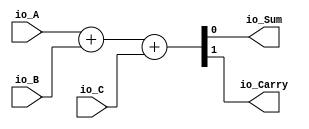
module fulladder(
  input   io_A,
  input   io_B,
  input   io_C,
  output  io_Sum,
  output  io_Carry
);
  wire [1:0] _s1_T = {1'h0,io_A}; // @[Cat.scala 33:92]
  wire [1:0] _s1_T_1 = {1'h0,io_B}; // @[Cat.scala 33:92]
  wire [1:0] _s1_T_3 = _s1_T + _s1_T_1; // @[fulladder.scala 18:23]
  wire [1:0] _s1_T_4 = {1'h0,io_C}; // @[Cat.scala 33:92]
  wire [1:0] s1 = _s1_T_3 + _s1_T_4; // @[fulladder.scala 18:39]
  assign io_Sum = s1[0]; // @[fulladder.scala 19:15]
  assign io_Carry = s1[1]; // @[fulladder.scala 20:17]
endmodule
module multpipe(
  input        clock,
  input        reset,
  input  [3:0] io_A,
  input  [3:0] io_B,
  output       io_P_0,
  output       io_P_1,
  output       io_P_2,
  output       io_P_3,
  output       io_P_4,
  output       io_P_5,
  output       io_P_6,
  output       io_P_7
);
  wire  fulladder_io_A; // @[multpipe.scala 15:33]
  wire  fulladder_io_B; // @[multpipe.scala 15:33]
  wire  fulladder_io_C; // @[multpipe.scala 15:33]
  wire  fulladder_io_Sum; // @[multpipe.scala 15:33]
  wire  fulladder_io_Carry; // @[multpipe.scala 15:33]
  wire  fulladder_1_io_A; // @[multpipe.scala 15:33]
  wire  fulladder_1_io_B; // @[multpipe.scala 15:33]
  wire  fulladder_1_io_C; // @[multpipe.scala 15:33]
  wire  fulladder_1_io_Sum; // @[multpipe.scala 15:33]
  wire  fulladder_1_io_Carry; // @[multpipe.scala 15:33]
  wire  fulladder_2_io_A; // @[multpipe.scala 15:33]
  wire  fulladder_2_io_B; // @[multpipe.scala 15:33]
  wire  fulladder_2_io_C; // @[multpipe.scala 15:33]
  wire  fulladder_2_io_Sum; // @[multpipe.scala 15:33]
  wire  fulladder_2_io_Carry; // @[multpipe.scala 15:33]
  wire  fulladder_3_io_A; // @[multpipe.scala 15:33]
  wire  fulladder_3_io_B; // @[multpipe.scala 15:33]
  wire  fulladder_3_io_C; // @[multpipe.scala 15:33]
  wire  fulladder_3_io_Sum; // @[multpipe.scala 15:33]
  wire  fulladder_3_io_Carry; // @[multpipe.scala 15:33]
  wire  fulladder_4_io_A; // @[multpipe.scala 15:33]
  wire  fulladder_4_io_B; // @[multpipe.scala 15:33]
  wire  fulladder_4_io_C; // @[multpipe.scala 15:33]
  wire  fulladder_4_io_Sum; // @[multpipe.scala 15:33]
  wire  fulladder_4_io_Carry; // @[multpipe.scala 15:33]
  wire  fulladder_5_io_A; // @[multpipe.scala 15:33]
  wire  fulladder_5_io_B; // @[multpipe.scala 15:33]
  wire  fulladder_5_io_C; // @[multpipe.scala 15:33]
  wire  fulladder_5_io_Sum; // @[multpipe.scala 15:33]
  wire  fulladder_5_io_Carry; // @[multpipe.scala 15:33]
  wire  fulladder_6_io_A; // @[multpipe.scala 15:33]
  wire  fulladder_6_io_B; // @[multpipe.scala 15:33]
  wire  fulladder_6_io_C; // @[multpipe.scala 15:33]
  wire  fulladder_6_io_Sum; // @[multpipe.scala 15:33]
  wire  fulladder_6_io_Carry; // @[multpipe.scala 15:33]
  wire  fulladder_7_io_A; // @[multpipe.scala 15:33]
  wire  fulladder_7_io_B; // @[multpipe.scala 15:33]
  wire  fulladder_7_io_C; // @[multpipe.scala 15:33]
  wire  fulladder_7_io_Sum; // @[multpipe.scala 15:33]
  wire  fulladder_7_io_Carry; // @[multpipe.scala 15:33]
  wire  fulladder_8_io_A; // @[multpipe.scala 15:33]
  wire  fulladder_8_io_B; // @[multpipe.scala 15:33]
  wire  fulladder_8_io_C; // @[multpipe.scala 15:33]
  wire  fulladder_8_io_Sum; // @[multpipe.scala 15:33]
  wire  fulladder_8_io_Carry; // @[multpipe.scala 15:33]
  wire  fulladder_9_io_A; // @[multpipe.scala 15:33]
  wire  fulladder_9_io_B; // @[multpipe.scala 15:33]
  wire  fulladder_9_io_C; // @[multpipe.scala 15:33]
  wire  fulladder_9_io_Sum; // @[multpipe.scala 15:33]
  wire  fulladder_9_io_Carry; // @[multpipe.scala 15:33]
  wire  fulladder_10_io_A; // @[multpipe.scala 15:33]
  wire  fulladder_10_io_B; // @[multpipe.scala 15:33]
  wire  fulladder_10_io_C; // @[multpipe.scala 15:33]
  wire  fulladder_10_io_Sum; // @[multpipe.scala 15:33]
  wire  fulladder_10_io_Carry; // @[multpipe.scala 15:33]
  wire  fulladder_11_io_A; // @[multpipe.scala 15:33]
  wire  fulladder_11_io_B; // @[multpipe.scala 15:33]
  wire  fulladder_11_io_C; // @[multpipe.scala 15:33]
  wire  fulladder_11_io_Sum; // @[multpipe.scala 15:33]
  wire  fulladder_11_io_Carry; // @[multpipe.scala 15:33]
  wire  fulladder_12_io_A; // @[multpipe.scala 15:33]
  wire  fulladder_12_io_B; // @[multpipe.scala 15:33]
  wire  fulladder_12_io_C; // @[multpipe.scala 15:33]
  wire  fulladder_12_io_Sum; // @[multpipe.scala 15:33]
  wire  fulladder_12_io_Carry; // @[multpipe.scala 15:33]
  wire  fulladder_13_io_A; // @[multpipe.scala 15:33]
  wire  fulladder_13_io_B; // @[multpipe.scala 15:33]
  wire  fulladder_13_io_C; // @[multpipe.scala 15:33]
  wire  fulladder_13_io_Sum; // @[multpipe.scala 15:33]
  wire  fulladder_13_io_Carry; // @[multpipe.scala 15:33]
  reg [3:0] sarr_0_0; // @[multpipe.scala 18:21]
  reg [3:0] sarr_0_1; // @[multpipe.scala 18:21]
  reg [3:0] sarr_0_2; // @[multpipe.scala 18:21]
  reg [3:0] sarr_1_0; // @[multpipe.scala 18:21]
  reg [3:0] sarr_1_1; // @[multpipe.scala 18:21]
  reg [3:0] sarr_1_2; // @[multpipe.scala 18:21]
  reg [3:0] sarr_1_3; // @[multpipe.scala 18:21]
  reg [3:0] sarr_2_0; // @[multpipe.scala 18:21]
  reg [3:0] sarr_2_1; // @[multpipe.scala 18:21]
  reg [3:0] sarr_2_2; // @[multpipe.scala 18:21]
  reg [3:0] sarr_3_0; // @[multpipe.scala 18:21]
  reg [3:0] sarr_3_1; // @[multpipe.scala 18:21]
  reg [3:0] sarr_3_2; // @[multpipe.scala 18:21]
  reg [3:0] sarr_3_3; // @[multpipe.scala 18:21]
  reg  c1_var_0; // @[multpipe.scala 19:23]
  reg  c1_var_1; // @[multpipe.scala 19:23]
  reg  c1_var_2; // @[multpipe.scala 19:23]
  reg  c2_var_0; // @[multpipe.scala 21:23]
  reg  c2_var_1; // @[multpipe.scala 21:23]
  reg  c_var_0; // @[multpipe.scala 23:22]
  reg  c_var_2; // @[multpipe.scala 23:22]
  reg  c_var_3; // @[multpipe.scala 23:22]
  reg  c_var_4; // @[multpipe.scala 23:22]
  reg  s1_var0_0; // @[multpipe.scala 33:24]
  reg  s1_var0_1; // @[multpipe.scala 33:24]
  reg  s1_var0_2; // @[multpipe.scala 33:24]
  reg  s1_var0_3; // @[multpipe.scala 33:24]
  reg  s1_var0_4; // @[multpipe.scala 33:24]
  reg  s1_var0_5; // @[multpipe.scala 33:24]
  reg  s1_var1_0; // @[multpipe.scala 34:24]
  reg  s1_var1_1; // @[multpipe.scala 34:24]
  reg  s1_var1_2; // @[multpipe.scala 34:24]
  reg  s1_var1_3; // @[multpipe.scala 34:24]
  reg  s1_var1_4; // @[multpipe.scala 34:24]
  reg  s1_var1_5; // @[multpipe.scala 34:24]
  reg  s1_var2_0; // @[multpipe.scala 35:24]
  reg  s1_var2_1; // @[multpipe.scala 35:24]
  reg  s1_var2_2; // @[multpipe.scala 35:24]
  reg  s1_var2_3; // @[multpipe.scala 35:24]
  reg  s1_var2_4; // @[multpipe.scala 35:24]
  reg  s1_var2_5; // @[multpipe.scala 35:24]
  reg  s1_var3_5; // @[multpipe.scala 36:24]
  reg  s2_var0_0; // @[multpipe.scala 43:24]
  reg  s2_var0_1; // @[multpipe.scala 43:24]
  reg  s2_var0_2; // @[multpipe.scala 43:24]
  reg  s2_var0_3; // @[multpipe.scala 43:24]
  reg  s2_var0_4; // @[multpipe.scala 43:24]
  reg  s2_var0_5; // @[multpipe.scala 43:24]
  reg  s2_var1_0; // @[multpipe.scala 44:24]
  reg  s2_var1_1; // @[multpipe.scala 44:24]
  reg  s2_var1_2; // @[multpipe.scala 44:24]
  reg  s2_var1_3; // @[multpipe.scala 44:24]
  reg  s2_var1_4; // @[multpipe.scala 44:24]
  reg  s2_var1_5; // @[multpipe.scala 44:24]
  reg  s2_var2_0; // @[multpipe.scala 45:24]
  reg  s2_var2_1; // @[multpipe.scala 45:24]
  reg  s2_var2_2; // @[multpipe.scala 45:24]
  reg  s2_var2_3; // @[multpipe.scala 45:24]
  reg  s2_var2_4; // @[multpipe.scala 45:24]
  reg  s2_var2_5; // @[multpipe.scala 45:24]
  reg  s2_var3_0; // @[multpipe.scala 46:24]
  reg  s2_var3_1; // @[multpipe.scala 46:24]
  reg  s2_var3_2; // @[multpipe.scala 46:24]
  reg  s2_var3_3; // @[multpipe.scala 46:24]
  reg  s2_var3_4; // @[multpipe.scala 46:24]
  reg  s2_var3_5; // @[multpipe.scala 46:24]
  reg  s2_var4_1; // @[multpipe.scala 47:24]
  reg  s2_var4_2; // @[multpipe.scala 47:24]
  reg  s2_var4_3; // @[multpipe.scala 47:24]
  reg  s2_var4_4; // @[multpipe.scala 47:24]
  reg  s2_var4_5; // @[multpipe.scala 47:24]
  reg  s2_var5_5; // @[multpipe.scala 48:24]
  reg  teliko1_0; // @[multpipe.scala 56:24]
  reg  teliko1_1; // @[multpipe.scala 56:24]
  reg  teliko1_2; // @[multpipe.scala 56:24]
  reg  teliko1_3; // @[multpipe.scala 56:24]
  reg  teliko1_4; // @[multpipe.scala 56:24]
  reg  teliko1_5; // @[multpipe.scala 56:24]
  reg  teliko1_6; // @[multpipe.scala 56:24]
  reg  teliko2_0; // @[multpipe.scala 57:24]
  reg  teliko2_1; // @[multpipe.scala 57:24]
  reg  teliko2_2; // @[multpipe.scala 57:24]
  reg  teliko2_3; // @[multpipe.scala 57:24]
  reg  teliko2_4; // @[multpipe.scala 57:24]
  reg  teliko2_5; // @[multpipe.scala 57:24]
  reg  teliko3_0; // @[multpipe.scala 58:24]
  reg  teliko3_1; // @[multpipe.scala 58:24]
  reg  teliko3_2; // @[multpipe.scala 58:24]
  reg  teliko3_3; // @[multpipe.scala 58:24]
  reg  teliko3_4; // @[multpipe.scala 58:24]
  reg  teliko4_0; // @[multpipe.scala 59:24]
  reg  teliko4_1; // @[multpipe.scala 59:24]
  reg  teliko4_2; // @[multpipe.scala 59:24]
  reg  teliko4_3; // @[multpipe.scala 59:24]
  reg  teliko5_0; // @[multpipe.scala 60:24]
  reg  teliko5_1; // @[multpipe.scala 60:24]
  reg  teliko5_2; // @[multpipe.scala 60:24]
  reg  teliko6_0; // @[multpipe.scala 61:24]
  wire  s1_temp_0 = sarr_0_0[0]; // @[multpipe.scala 109:27]
  wire  s2_temp_0 = sarr_2_0[0]; // @[multpipe.scala 110:27]
  wire  c1_temp_0 = fulladder_io_Carry; // @[multpipe.scala 115:14 20:25]
  wire  c1_temp_1 = fulladder_1_io_Carry; // @[multpipe.scala 121:19 20:25]
  wire  c1_temp_2 = fulladder_2_io_Carry; // @[multpipe.scala 127:19 20:25]
  wire  c2_temp_0 = fulladder_4_io_Carry; // @[multpipe.scala 139:19 22:25]
  wire  c2_temp_1 = fulladder_5_io_Carry; // @[multpipe.scala 145:19 22:25]
  wire  c_temp_0 = fulladder_8_io_Carry; // @[multpipe.scala 163:13 24:24]
  wire  c_temp_2 = fulladder_10_io_Carry; // @[multpipe.scala 175:13 24:24]
  wire  c_temp_3 = fulladder_11_io_Carry; // @[multpipe.scala 181:13 24:24]
  wire  c_temp_4 = fulladder_12_io_Carry; // @[multpipe.scala 187:13 24:24]
  wire  s1_temp_1 = fulladder_io_Sum; // @[multpipe.scala 114:14 32:25]
  wire  s1_temp_2 = fulladder_1_io_Sum; // @[multpipe.scala 120:19 32:25]
  wire  s1_temp_3 = fulladder_2_io_Sum; // @[multpipe.scala 126:19 32:25]
  wire  s1_temp_4 = fulladder_3_io_Sum; // @[multpipe.scala 132:19 32:25]
  wire  s1_temp_5 = fulladder_3_io_Carry; // @[multpipe.scala 133:19 32:25]
  wire  s2_temp_1 = fulladder_4_io_Sum; // @[multpipe.scala 138:19 42:25]
  wire  s2_temp_2 = fulladder_5_io_Sum; // @[multpipe.scala 144:19 42:25]
  wire  s2_temp_3 = fulladder_6_io_Sum; // @[multpipe.scala 150:19 42:25]
  wire  s2_temp_4 = fulladder_7_io_Sum; // @[multpipe.scala 156:14 42:25]
  wire  s2_temp_5 = fulladder_7_io_Carry; // @[multpipe.scala 157:14 42:25]
  fulladder fulladder ( // @[multpipe.scala 15:33]
    .io_A(fulladder_io_A),
    .io_B(fulladder_io_B),
    .io_C(fulladder_io_C),
    .io_Sum(fulladder_io_Sum),
    .io_Carry(fulladder_io_Carry)
  );
  fulladder fulladder_1 ( // @[multpipe.scala 15:33]
    .io_A(fulladder_1_io_A),
    .io_B(fulladder_1_io_B),
    .io_C(fulladder_1_io_C),
    .io_Sum(fulladder_1_io_Sum),
    .io_Carry(fulladder_1_io_Carry)
  );
  fulladder fulladder_2 ( // @[multpipe.scala 15:33]
    .io_A(fulladder_2_io_A),
    .io_B(fulladder_2_io_B),
    .io_C(fulladder_2_io_C),
    .io_Sum(fulladder_2_io_Sum),
    .io_Carry(fulladder_2_io_Carry)
  );
  fulladder fulladder_3 ( // @[multpipe.scala 15:33]
    .io_A(fulladder_3_io_A),
    .io_B(fulladder_3_io_B),
    .io_C(fulladder_3_io_C),
    .io_Sum(fulladder_3_io_Sum),
    .io_Carry(fulladder_3_io_Carry)
  );
  fulladder fulladder_4 ( // @[multpipe.scala 15:33]
    .io_A(fulladder_4_io_A),
    .io_B(fulladder_4_io_B),
    .io_C(fulladder_4_io_C),
    .io_Sum(fulladder_4_io_Sum),
    .io_Carry(fulladder_4_io_Carry)
  );
  fulladder fulladder_5 ( // @[multpipe.scala 15:33]
    .io_A(fulladder_5_io_A),
    .io_B(fulladder_5_io_B),
    .io_C(fulladder_5_io_C),
    .io_Sum(fulladder_5_io_Sum),
    .io_Carry(fulladder_5_io_Carry)
  );
  fulladder fulladder_6 ( // @[multpipe.scala 15:33]
    .io_A(fulladder_6_io_A),
    .io_B(fulladder_6_io_B),
    .io_C(fulladder_6_io_C),
    .io_Sum(fulladder_6_io_Sum),
    .io_Carry(fulladder_6_io_Carry)
  );
  fulladder fulladder_7 ( // @[multpipe.scala 15:33]
    .io_A(fulladder_7_io_A),
    .io_B(fulladder_7_io_B),
    .io_C(fulladder_7_io_C),
    .io_Sum(fulladder_7_io_Sum),
    .io_Carry(fulladder_7_io_Carry)
  );
  fulladder fulladder_8 ( // @[multpipe.scala 15:33]
    .io_A(fulladder_8_io_A),
    .io_B(fulladder_8_io_B),
    .io_C(fulladder_8_io_C),
    .io_Sum(fulladder_8_io_Sum),
    .io_Carry(fulladder_8_io_Carry)
  );
  fulladder fulladder_9 ( // @[multpipe.scala 15:33]
    .io_A(fulladder_9_io_A),
    .io_B(fulladder_9_io_B),
    .io_C(fulladder_9_io_C),
    .io_Sum(fulladder_9_io_Sum),
    .io_Carry(fulladder_9_io_Carry)
  );
  fulladder fulladder_10 ( // @[multpipe.scala 15:33]
    .io_A(fulladder_10_io_A),
    .io_B(fulladder_10_io_B),
    .io_C(fulladder_10_io_C),
    .io_Sum(fulladder_10_io_Sum),
    .io_Carry(fulladder_10_io_Carry)
  );
  fulladder fulladder_11 ( // @[multpipe.scala 15:33]
    .io_A(fulladder_11_io_A),
    .io_B(fulladder_11_io_B),
    .io_C(fulladder_11_io_C),
    .io_Sum(fulladder_11_io_Sum),
    .io_Carry(fulladder_11_io_Carry)
  );
  fulladder fulladder_12 ( // @[multpipe.scala 15:33]
    .io_A(fulladder_12_io_A),
    .io_B(fulladder_12_io_B),
    .io_C(fulladder_12_io_C),
    .io_Sum(fulladder_12_io_Sum),
    .io_Carry(fulladder_12_io_Carry)
  );
  fulladder fulladder_13 ( // @[multpipe.scala 15:33]
    .io_A(fulladder_13_io_A),
    .io_B(fulladder_13_io_B),
    .io_C(fulladder_13_io_C),
    .io_Sum(fulladder_13_io_Sum),
    .io_Carry(fulladder_13_io_Carry)
  );
  assign io_P_0 = teliko1_0; // @[multpipe.scala 96:14]
  assign io_P_1 = teliko1_1; // @[multpipe.scala 88:14]
  assign io_P_2 = teliko1_2; // @[multpipe.scala 81:14]
  assign io_P_3 = teliko1_3; // @[multpipe.scala 75:14]
  assign io_P_4 = teliko1_4; // @[multpipe.scala 70:11]
  assign io_P_5 = teliko1_5; // @[multpipe.scala 66:11]
  assign io_P_6 = teliko1_6; // @[multpipe.scala 63:11]
  assign io_P_7 = fulladder_13_io_Sum; // @[multpipe.scala 192:11]
  assign fulladder_io_A = sarr_0_0[1]; // @[multpipe.scala 111:32]
  assign fulladder_io_B = sarr_1_0[0]; // @[multpipe.scala 112:32]
  assign fulladder_io_C = 1'h0; // @[multpipe.scala 113:19]
  assign fulladder_1_io_A = sarr_0_1[2]; // @[multpipe.scala 117:32]
  assign fulladder_1_io_B = sarr_1_1[1]; // @[multpipe.scala 118:32]
  assign fulladder_1_io_C = c1_var_0; // @[multpipe.scala 119:19]
  assign fulladder_2_io_A = sarr_0_2[3]; // @[multpipe.scala 123:32]
  assign fulladder_2_io_B = sarr_1_2[2]; // @[multpipe.scala 124:32]
  assign fulladder_2_io_C = c1_var_1; // @[multpipe.scala 125:19]
  assign fulladder_3_io_A = 1'h0; // @[multpipe.scala 129:19]
  assign fulladder_3_io_B = sarr_1_3[3]; // @[multpipe.scala 130:32]
  assign fulladder_3_io_C = c1_var_2; // @[multpipe.scala 131:19]
  assign fulladder_4_io_A = sarr_2_0[1]; // @[multpipe.scala 135:32]
  assign fulladder_4_io_B = sarr_3_0[0]; // @[multpipe.scala 136:32]
  assign fulladder_4_io_C = 1'h0; // @[multpipe.scala 137:19]
  assign fulladder_5_io_A = sarr_2_1[2]; // @[multpipe.scala 141:32]
  assign fulladder_5_io_B = sarr_3_1[1]; // @[multpipe.scala 142:32]
  assign fulladder_5_io_C = c2_var_0; // @[multpipe.scala 143:19]
  assign fulladder_6_io_A = sarr_2_2[3]; // @[multpipe.scala 147:32]
  assign fulladder_6_io_B = sarr_3_2[2]; // @[multpipe.scala 148:32]
  assign fulladder_6_io_C = c2_var_1; // @[multpipe.scala 149:19]
  assign fulladder_7_io_A = 1'h0; // @[multpipe.scala 153:19]
  assign fulladder_7_io_B = sarr_3_3[3]; // @[multpipe.scala 154:32]
  assign fulladder_7_io_C = c1_var_2; // @[multpipe.scala 155:19]
  assign fulladder_8_io_A = s1_var2_2; // @[multpipe.scala 159:19]
  assign fulladder_8_io_B = s2_var3_0; // @[multpipe.scala 160:19]
  assign fulladder_8_io_C = 1'h0; // @[multpipe.scala 161:19]
  assign fulladder_9_io_A = s1_var2_3; // @[multpipe.scala 165:19]
  assign fulladder_9_io_B = s2_var4_1; // @[multpipe.scala 166:19]
  assign fulladder_9_io_C = c_var_0; // @[multpipe.scala 167:19]
  assign fulladder_10_io_A = s1_var2_4; // @[multpipe.scala 171:20]
  assign fulladder_10_io_B = s2_var4_2; // @[multpipe.scala 172:20]
  assign fulladder_10_io_C = 1'h0; // @[multpipe.scala 173:20]
  assign fulladder_11_io_A = s1_var3_5; // @[multpipe.scala 177:20]
  assign fulladder_11_io_B = s2_var4_3; // @[multpipe.scala 178:20]
  assign fulladder_11_io_C = c_var_2; // @[multpipe.scala 179:20]
  assign fulladder_12_io_A = 1'h0; // @[multpipe.scala 183:20]
  assign fulladder_12_io_B = s2_var4_4; // @[multpipe.scala 184:20]
  assign fulladder_12_io_C = c_var_3; // @[multpipe.scala 185:20]
  assign fulladder_13_io_A = 1'h0; // @[multpipe.scala 189:20]
  assign fulladder_13_io_B = s2_var5_5; // @[multpipe.scala 190:20]
  assign fulladder_13_io_C = c_var_4; // @[multpipe.scala 191:20]
  always @(posedge clock) begin
    if (reset) begin // @[multpipe.scala 18:21]
      sarr_0_0 <= 4'h0; // @[multpipe.scala 18:21]
    end else if (~io_B[0]) begin // @[multpipe.scala 99:26]
      sarr_0_0 <= 4'h0; // @[multpipe.scala 100:18]
    end else begin
      sarr_0_0 <= io_A; // @[multpipe.scala 102:18]
    end
    if (reset) begin // @[multpipe.scala 18:21]
      sarr_0_1 <= 4'h0; // @[multpipe.scala 18:21]
    end else begin
      sarr_0_1 <= sarr_0_0; // @[multpipe.scala 105:18]
    end
    if (reset) begin // @[multpipe.scala 18:21]
      sarr_0_2 <= 4'h0; // @[multpipe.scala 18:21]
    end else begin
      sarr_0_2 <= sarr_0_1; // @[multpipe.scala 105:18]
    end
    if (reset) begin // @[multpipe.scala 18:21]
      sarr_1_0 <= 4'h0; // @[multpipe.scala 18:21]
    end else if (~io_B[1]) begin // @[multpipe.scala 99:26]
      sarr_1_0 <= 4'h0; // @[multpipe.scala 100:18]
    end else begin
      sarr_1_0 <= io_A; // @[multpipe.scala 102:18]
    end
    if (reset) begin // @[multpipe.scala 18:21]
      sarr_1_1 <= 4'h0; // @[multpipe.scala 18:21]
    end else begin
      sarr_1_1 <= sarr_1_0; // @[multpipe.scala 105:18]
    end
    if (reset) begin // @[multpipe.scala 18:21]
      sarr_1_2 <= 4'h0; // @[multpipe.scala 18:21]
    end else begin
      sarr_1_2 <= sarr_1_1; // @[multpipe.scala 105:18]
    end
    if (reset) begin // @[multpipe.scala 18:21]
      sarr_1_3 <= 4'h0; // @[multpipe.scala 18:21]
    end else begin
      sarr_1_3 <= sarr_1_2; // @[multpipe.scala 105:18]
    end
    if (reset) begin // @[multpipe.scala 18:21]
      sarr_2_0 <= 4'h0; // @[multpipe.scala 18:21]
    end else if (~io_B[2]) begin // @[multpipe.scala 99:26]
      sarr_2_0 <= 4'h0; // @[multpipe.scala 100:18]
    end else begin
      sarr_2_0 <= io_A; // @[multpipe.scala 102:18]
    end
    if (reset) begin // @[multpipe.scala 18:21]
      sarr_2_1 <= 4'h0; // @[multpipe.scala 18:21]
    end else begin
      sarr_2_1 <= sarr_2_0; // @[multpipe.scala 105:18]
    end
    if (reset) begin // @[multpipe.scala 18:21]
      sarr_2_2 <= 4'h0; // @[multpipe.scala 18:21]
    end else begin
      sarr_2_2 <= sarr_2_1; // @[multpipe.scala 105:18]
    end
    if (reset) begin // @[multpipe.scala 18:21]
      sarr_3_0 <= 4'h0; // @[multpipe.scala 18:21]
    end else if (~io_B[3]) begin // @[multpipe.scala 99:26]
      sarr_3_0 <= 4'h0; // @[multpipe.scala 100:18]
    end else begin
      sarr_3_0 <= io_A; // @[multpipe.scala 102:18]
    end
    if (reset) begin // @[multpipe.scala 18:21]
      sarr_3_1 <= 4'h0; // @[multpipe.scala 18:21]
    end else begin
      sarr_3_1 <= sarr_3_0; // @[multpipe.scala 105:18]
    end
    if (reset) begin // @[multpipe.scala 18:21]
      sarr_3_2 <= 4'h0; // @[multpipe.scala 18:21]
    end else begin
      sarr_3_2 <= sarr_3_1; // @[multpipe.scala 105:18]
    end
    if (reset) begin // @[multpipe.scala 18:21]
      sarr_3_3 <= 4'h0; // @[multpipe.scala 18:21]
    end else begin
      sarr_3_3 <= sarr_3_2; // @[multpipe.scala 105:18]
    end
    if (reset) begin // @[multpipe.scala 19:23]
      c1_var_0 <= 1'h0; // @[multpipe.scala 19:23]
    end else begin
      c1_var_0 <= c1_temp_0; // @[multpipe.scala 27:10]
    end
    if (reset) begin // @[multpipe.scala 19:23]
      c1_var_1 <= 1'h0; // @[multpipe.scala 19:23]
    end else begin
      c1_var_1 <= c1_temp_1; // @[multpipe.scala 27:10]
    end
    if (reset) begin // @[multpipe.scala 19:23]
      c1_var_2 <= 1'h0; // @[multpipe.scala 19:23]
    end else begin
      c1_var_2 <= c1_temp_2; // @[multpipe.scala 27:10]
    end
    if (reset) begin // @[multpipe.scala 21:23]
      c2_var_0 <= 1'h0; // @[multpipe.scala 21:23]
    end else begin
      c2_var_0 <= c2_temp_0; // @[multpipe.scala 28:10]
    end
    if (reset) begin // @[multpipe.scala 21:23]
      c2_var_1 <= 1'h0; // @[multpipe.scala 21:23]
    end else begin
      c2_var_1 <= c2_temp_1; // @[multpipe.scala 28:10]
    end
    if (reset) begin // @[multpipe.scala 23:22]
      c_var_0 <= 1'h0; // @[multpipe.scala 23:22]
    end else begin
      c_var_0 <= c_temp_0; // @[multpipe.scala 29:10]
    end
    if (reset) begin // @[multpipe.scala 23:22]
      c_var_2 <= 1'h0; // @[multpipe.scala 23:22]
    end else begin
      c_var_2 <= c_temp_2; // @[multpipe.scala 29:10]
    end
    if (reset) begin // @[multpipe.scala 23:22]
      c_var_3 <= 1'h0; // @[multpipe.scala 23:22]
    end else begin
      c_var_3 <= c_temp_3; // @[multpipe.scala 29:10]
    end
    if (reset) begin // @[multpipe.scala 23:22]
      c_var_4 <= 1'h0; // @[multpipe.scala 23:22]
    end else begin
      c_var_4 <= c_temp_4; // @[multpipe.scala 29:10]
    end
    if (reset) begin // @[multpipe.scala 33:24]
      s1_var0_0 <= 1'h0; // @[multpipe.scala 33:24]
    end else begin
      s1_var0_0 <= s1_temp_0; // @[multpipe.scala 37:11]
    end
    if (reset) begin // @[multpipe.scala 33:24]
      s1_var0_1 <= 1'h0; // @[multpipe.scala 33:24]
    end else begin
      s1_var0_1 <= s1_temp_1; // @[multpipe.scala 37:11]
    end
    if (reset) begin // @[multpipe.scala 33:24]
      s1_var0_2 <= 1'h0; // @[multpipe.scala 33:24]
    end else begin
      s1_var0_2 <= s1_temp_2; // @[multpipe.scala 37:11]
    end
    if (reset) begin // @[multpipe.scala 33:24]
      s1_var0_3 <= 1'h0; // @[multpipe.scala 33:24]
    end else begin
      s1_var0_3 <= s1_temp_3; // @[multpipe.scala 37:11]
    end
    if (reset) begin // @[multpipe.scala 33:24]
      s1_var0_4 <= 1'h0; // @[multpipe.scala 33:24]
    end else begin
      s1_var0_4 <= s1_temp_4; // @[multpipe.scala 37:11]
    end
    if (reset) begin // @[multpipe.scala 33:24]
      s1_var0_5 <= 1'h0; // @[multpipe.scala 33:24]
    end else begin
      s1_var0_5 <= s1_temp_5; // @[multpipe.scala 37:11]
    end
    if (reset) begin // @[multpipe.scala 34:24]
      s1_var1_0 <= 1'h0; // @[multpipe.scala 34:24]
    end else begin
      s1_var1_0 <= s1_var0_0; // @[multpipe.scala 38:11]
    end
    if (reset) begin // @[multpipe.scala 34:24]
      s1_var1_1 <= 1'h0; // @[multpipe.scala 34:24]
    end else begin
      s1_var1_1 <= s1_var0_1; // @[multpipe.scala 38:11]
    end
    if (reset) begin // @[multpipe.scala 34:24]
      s1_var1_2 <= 1'h0; // @[multpipe.scala 34:24]
    end else begin
      s1_var1_2 <= s1_var0_2; // @[multpipe.scala 38:11]
    end
    if (reset) begin // @[multpipe.scala 34:24]
      s1_var1_3 <= 1'h0; // @[multpipe.scala 34:24]
    end else begin
      s1_var1_3 <= s1_var0_3; // @[multpipe.scala 38:11]
    end
    if (reset) begin // @[multpipe.scala 34:24]
      s1_var1_4 <= 1'h0; // @[multpipe.scala 34:24]
    end else begin
      s1_var1_4 <= s1_var0_4; // @[multpipe.scala 38:11]
    end
    if (reset) begin // @[multpipe.scala 34:24]
      s1_var1_5 <= 1'h0; // @[multpipe.scala 34:24]
    end else begin
      s1_var1_5 <= s1_var0_5; // @[multpipe.scala 38:11]
    end
    if (reset) begin // @[multpipe.scala 35:24]
      s1_var2_0 <= 1'h0; // @[multpipe.scala 35:24]
    end else begin
      s1_var2_0 <= s1_var1_0; // @[multpipe.scala 39:11]
    end
    if (reset) begin // @[multpipe.scala 35:24]
      s1_var2_1 <= 1'h0; // @[multpipe.scala 35:24]
    end else begin
      s1_var2_1 <= s1_var1_1; // @[multpipe.scala 39:11]
    end
    if (reset) begin // @[multpipe.scala 35:24]
      s1_var2_2 <= 1'h0; // @[multpipe.scala 35:24]
    end else begin
      s1_var2_2 <= s1_var1_2; // @[multpipe.scala 39:11]
    end
    if (reset) begin // @[multpipe.scala 35:24]
      s1_var2_3 <= 1'h0; // @[multpipe.scala 35:24]
    end else begin
      s1_var2_3 <= s1_var1_3; // @[multpipe.scala 39:11]
    end
    if (reset) begin // @[multpipe.scala 35:24]
      s1_var2_4 <= 1'h0; // @[multpipe.scala 35:24]
    end else begin
      s1_var2_4 <= s1_var1_4; // @[multpipe.scala 39:11]
    end
    if (reset) begin // @[multpipe.scala 35:24]
      s1_var2_5 <= 1'h0; // @[multpipe.scala 35:24]
    end else begin
      s1_var2_5 <= s1_var1_5; // @[multpipe.scala 39:11]
    end
    if (reset) begin // @[multpipe.scala 36:24]
      s1_var3_5 <= 1'h0; // @[multpipe.scala 36:24]
    end else begin
      s1_var3_5 <= s1_var2_5; // @[multpipe.scala 40:11]
    end
    if (reset) begin // @[multpipe.scala 43:24]
      s2_var0_0 <= 1'h0; // @[multpipe.scala 43:24]
    end else begin
      s2_var0_0 <= s2_temp_0; // @[multpipe.scala 49:11]
    end
    if (reset) begin // @[multpipe.scala 43:24]
      s2_var0_1 <= 1'h0; // @[multpipe.scala 43:24]
    end else begin
      s2_var0_1 <= s2_temp_1; // @[multpipe.scala 49:11]
    end
    if (reset) begin // @[multpipe.scala 43:24]
      s2_var0_2 <= 1'h0; // @[multpipe.scala 43:24]
    end else begin
      s2_var0_2 <= s2_temp_2; // @[multpipe.scala 49:11]
    end
    if (reset) begin // @[multpipe.scala 43:24]
      s2_var0_3 <= 1'h0; // @[multpipe.scala 43:24]
    end else begin
      s2_var0_3 <= s2_temp_3; // @[multpipe.scala 49:11]
    end
    if (reset) begin // @[multpipe.scala 43:24]
      s2_var0_4 <= 1'h0; // @[multpipe.scala 43:24]
    end else begin
      s2_var0_4 <= s2_temp_4; // @[multpipe.scala 49:11]
    end
    if (reset) begin // @[multpipe.scala 43:24]
      s2_var0_5 <= 1'h0; // @[multpipe.scala 43:24]
    end else begin
      s2_var0_5 <= s2_temp_5; // @[multpipe.scala 49:11]
    end
    if (reset) begin // @[multpipe.scala 44:24]
      s2_var1_0 <= 1'h0; // @[multpipe.scala 44:24]
    end else begin
      s2_var1_0 <= s2_var0_0; // @[multpipe.scala 50:11]
    end
    if (reset) begin // @[multpipe.scala 44:24]
      s2_var1_1 <= 1'h0; // @[multpipe.scala 44:24]
    end else begin
      s2_var1_1 <= s2_var0_1; // @[multpipe.scala 50:11]
    end
    if (reset) begin // @[multpipe.scala 44:24]
      s2_var1_2 <= 1'h0; // @[multpipe.scala 44:24]
    end else begin
      s2_var1_2 <= s2_var0_2; // @[multpipe.scala 50:11]
    end
    if (reset) begin // @[multpipe.scala 44:24]
      s2_var1_3 <= 1'h0; // @[multpipe.scala 44:24]
    end else begin
      s2_var1_3 <= s2_var0_3; // @[multpipe.scala 50:11]
    end
    if (reset) begin // @[multpipe.scala 44:24]
      s2_var1_4 <= 1'h0; // @[multpipe.scala 44:24]
    end else begin
      s2_var1_4 <= s2_var0_4; // @[multpipe.scala 50:11]
    end
    if (reset) begin // @[multpipe.scala 44:24]
      s2_var1_5 <= 1'h0; // @[multpipe.scala 44:24]
    end else begin
      s2_var1_5 <= s2_var0_5; // @[multpipe.scala 50:11]
    end
    if (reset) begin // @[multpipe.scala 45:24]
      s2_var2_0 <= 1'h0; // @[multpipe.scala 45:24]
    end else begin
      s2_var2_0 <= s2_var1_0; // @[multpipe.scala 51:11]
    end
    if (reset) begin // @[multpipe.scala 45:24]
      s2_var2_1 <= 1'h0; // @[multpipe.scala 45:24]
    end else begin
      s2_var2_1 <= s2_var1_1; // @[multpipe.scala 51:11]
    end
    if (reset) begin // @[multpipe.scala 45:24]
      s2_var2_2 <= 1'h0; // @[multpipe.scala 45:24]
    end else begin
      s2_var2_2 <= s2_var1_2; // @[multpipe.scala 51:11]
    end
    if (reset) begin // @[multpipe.scala 45:24]
      s2_var2_3 <= 1'h0; // @[multpipe.scala 45:24]
    end else begin
      s2_var2_3 <= s2_var1_3; // @[multpipe.scala 51:11]
    end
    if (reset) begin // @[multpipe.scala 45:24]
      s2_var2_4 <= 1'h0; // @[multpipe.scala 45:24]
    end else begin
      s2_var2_4 <= s2_var1_4; // @[multpipe.scala 51:11]
    end
    if (reset) begin // @[multpipe.scala 45:24]
      s2_var2_5 <= 1'h0; // @[multpipe.scala 45:24]
    end else begin
      s2_var2_5 <= s2_var1_5; // @[multpipe.scala 51:11]
    end
    if (reset) begin // @[multpipe.scala 46:24]
      s2_var3_0 <= 1'h0; // @[multpipe.scala 46:24]
    end else begin
      s2_var3_0 <= s2_var2_0; // @[multpipe.scala 52:11]
    end
    if (reset) begin // @[multpipe.scala 46:24]
      s2_var3_1 <= 1'h0; // @[multpipe.scala 46:24]
    end else begin
      s2_var3_1 <= s2_var2_1; // @[multpipe.scala 52:11]
    end
    if (reset) begin // @[multpipe.scala 46:24]
      s2_var3_2 <= 1'h0; // @[multpipe.scala 46:24]
    end else begin
      s2_var3_2 <= s2_var2_2; // @[multpipe.scala 52:11]
    end
    if (reset) begin // @[multpipe.scala 46:24]
      s2_var3_3 <= 1'h0; // @[multpipe.scala 46:24]
    end else begin
      s2_var3_3 <= s2_var2_3; // @[multpipe.scala 52:11]
    end
    if (reset) begin // @[multpipe.scala 46:24]
      s2_var3_4 <= 1'h0; // @[multpipe.scala 46:24]
    end else begin
      s2_var3_4 <= s2_var2_4; // @[multpipe.scala 52:11]
    end
    if (reset) begin // @[multpipe.scala 46:24]
      s2_var3_5 <= 1'h0; // @[multpipe.scala 46:24]
    end else begin
      s2_var3_5 <= s2_var2_5; // @[multpipe.scala 52:11]
    end
    if (reset) begin // @[multpipe.scala 47:24]
      s2_var4_1 <= 1'h0; // @[multpipe.scala 47:24]
    end else begin
      s2_var4_1 <= s2_var3_1; // @[multpipe.scala 53:11]
    end
    if (reset) begin // @[multpipe.scala 47:24]
      s2_var4_2 <= 1'h0; // @[multpipe.scala 47:24]
    end else begin
      s2_var4_2 <= s2_var3_2; // @[multpipe.scala 53:11]
    end
    if (reset) begin // @[multpipe.scala 47:24]
      s2_var4_3 <= 1'h0; // @[multpipe.scala 47:24]
    end else begin
      s2_var4_3 <= s2_var3_3; // @[multpipe.scala 53:11]
    end
    if (reset) begin // @[multpipe.scala 47:24]
      s2_var4_4 <= 1'h0; // @[multpipe.scala 47:24]
    end else begin
      s2_var4_4 <= s2_var3_4; // @[multpipe.scala 53:11]
    end
    if (reset) begin // @[multpipe.scala 47:24]
      s2_var4_5 <= 1'h0; // @[multpipe.scala 47:24]
    end else begin
      s2_var4_5 <= s2_var3_5; // @[multpipe.scala 53:11]
    end
    if (reset) begin // @[multpipe.scala 48:24]
      s2_var5_5 <= 1'h0; // @[multpipe.scala 48:24]
    end else begin
      s2_var5_5 <= s2_var4_5; // @[multpipe.scala 54:11]
    end
    if (reset) begin // @[multpipe.scala 56:24]
      teliko1_0 <= 1'h0; // @[multpipe.scala 56:24]
    end else begin
      teliko1_0 <= teliko2_0; // @[multpipe.scala 95:14]
    end
    if (reset) begin // @[multpipe.scala 56:24]
      teliko1_1 <= 1'h0; // @[multpipe.scala 56:24]
    end else begin
      teliko1_1 <= teliko2_1; // @[multpipe.scala 87:14]
    end
    if (reset) begin // @[multpipe.scala 56:24]
      teliko1_2 <= 1'h0; // @[multpipe.scala 56:24]
    end else begin
      teliko1_2 <= teliko2_2; // @[multpipe.scala 80:14]
    end
    if (reset) begin // @[multpipe.scala 56:24]
      teliko1_3 <= 1'h0; // @[multpipe.scala 56:24]
    end else begin
      teliko1_3 <= teliko2_3; // @[multpipe.scala 74:14]
    end
    if (reset) begin // @[multpipe.scala 56:24]
      teliko1_4 <= 1'h0; // @[multpipe.scala 56:24]
    end else begin
      teliko1_4 <= teliko2_4; // @[multpipe.scala 69:14]
    end
    if (reset) begin // @[multpipe.scala 56:24]
      teliko1_5 <= 1'h0; // @[multpipe.scala 56:24]
    end else begin
      teliko1_5 <= teliko2_5; // @[multpipe.scala 65:14]
    end
    if (reset) begin // @[multpipe.scala 56:24]
      teliko1_6 <= 1'h0; // @[multpipe.scala 56:24]
    end else begin
      teliko1_6 <= fulladder_12_io_Sum; // @[multpipe.scala 186:14]
    end
    if (reset) begin // @[multpipe.scala 57:24]
      teliko2_0 <= 1'h0; // @[multpipe.scala 57:24]
    end else begin
      teliko2_0 <= teliko3_0; // @[multpipe.scala 94:14]
    end
    if (reset) begin // @[multpipe.scala 57:24]
      teliko2_1 <= 1'h0; // @[multpipe.scala 57:24]
    end else begin
      teliko2_1 <= teliko3_1; // @[multpipe.scala 86:14]
    end
    if (reset) begin // @[multpipe.scala 57:24]
      teliko2_2 <= 1'h0; // @[multpipe.scala 57:24]
    end else begin
      teliko2_2 <= teliko3_2; // @[multpipe.scala 79:14]
    end
    if (reset) begin // @[multpipe.scala 57:24]
      teliko2_3 <= 1'h0; // @[multpipe.scala 57:24]
    end else begin
      teliko2_3 <= teliko3_3; // @[multpipe.scala 73:14]
    end
    if (reset) begin // @[multpipe.scala 57:24]
      teliko2_4 <= 1'h0; // @[multpipe.scala 57:24]
    end else begin
      teliko2_4 <= teliko3_4; // @[multpipe.scala 68:14]
    end
    if (reset) begin // @[multpipe.scala 57:24]
      teliko2_5 <= 1'h0; // @[multpipe.scala 57:24]
    end else begin
      teliko2_5 <= fulladder_11_io_Sum; // @[multpipe.scala 180:14]
    end
    if (reset) begin // @[multpipe.scala 58:24]
      teliko3_0 <= 1'h0; // @[multpipe.scala 58:24]
    end else begin
      teliko3_0 <= teliko4_0; // @[multpipe.scala 93:14]
    end
    if (reset) begin // @[multpipe.scala 58:24]
      teliko3_1 <= 1'h0; // @[multpipe.scala 58:24]
    end else begin
      teliko3_1 <= teliko4_1; // @[multpipe.scala 85:14]
    end
    if (reset) begin // @[multpipe.scala 58:24]
      teliko3_2 <= 1'h0; // @[multpipe.scala 58:24]
    end else begin
      teliko3_2 <= teliko4_2; // @[multpipe.scala 78:14]
    end
    if (reset) begin // @[multpipe.scala 58:24]
      teliko3_3 <= 1'h0; // @[multpipe.scala 58:24]
    end else begin
      teliko3_3 <= teliko4_3; // @[multpipe.scala 72:14]
    end
    if (reset) begin // @[multpipe.scala 58:24]
      teliko3_4 <= 1'h0; // @[multpipe.scala 58:24]
    end else begin
      teliko3_4 <= fulladder_10_io_Sum; // @[multpipe.scala 174:14]
    end
    if (reset) begin // @[multpipe.scala 59:24]
      teliko4_0 <= 1'h0; // @[multpipe.scala 59:24]
    end else begin
      teliko4_0 <= teliko5_0; // @[multpipe.scala 92:14]
    end
    if (reset) begin // @[multpipe.scala 59:24]
      teliko4_1 <= 1'h0; // @[multpipe.scala 59:24]
    end else begin
      teliko4_1 <= teliko5_1; // @[multpipe.scala 84:14]
    end
    if (reset) begin // @[multpipe.scala 59:24]
      teliko4_2 <= 1'h0; // @[multpipe.scala 59:24]
    end else begin
      teliko4_2 <= teliko5_2; // @[multpipe.scala 77:14]
    end
    if (reset) begin // @[multpipe.scala 59:24]
      teliko4_3 <= 1'h0; // @[multpipe.scala 59:24]
    end else begin
      teliko4_3 <= fulladder_9_io_Sum; // @[multpipe.scala 168:14]
    end
    if (reset) begin // @[multpipe.scala 60:24]
      teliko5_0 <= 1'h0; // @[multpipe.scala 60:24]
    end else begin
      teliko5_0 <= teliko6_0; // @[multpipe.scala 91:14]
    end
    if (reset) begin // @[multpipe.scala 60:24]
      teliko5_1 <= 1'h0; // @[multpipe.scala 60:24]
    end else begin
      teliko5_1 <= s1_var2_1; // @[multpipe.scala 83:14]
    end
    if (reset) begin // @[multpipe.scala 60:24]
      teliko5_2 <= 1'h0; // @[multpipe.scala 60:24]
    end else begin
      teliko5_2 <= fulladder_8_io_Sum; // @[multpipe.scala 162:14]
    end
    if (reset) begin // @[multpipe.scala 61:24]
      teliko6_0 <= 1'h0; // @[multpipe.scala 61:24]
    end else begin
      teliko6_0 <= s1_var2_0; // @[multpipe.scala 90:14]
    end
  end
endmodule